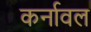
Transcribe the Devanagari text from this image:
कर्नावल